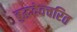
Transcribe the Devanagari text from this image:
बुद्धदेवचरित